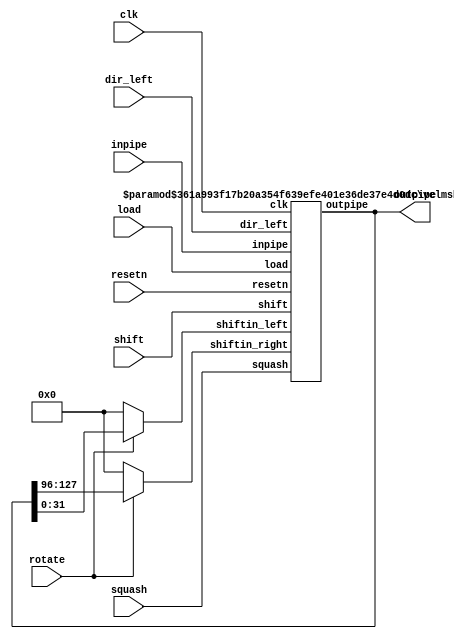
/************************
 * An Inter-lane shift register
 *
 * This is much more scalable than a giant barrel shifter/crossbar, however
 * it is also slower in cycles.
 *
 *  dir_left:  1=left, 0=right
 *
 * Synthesis results for NUMLANES=4, WIDTH=32:
 *    131 LEs (Stratix I), 422 MHz
 *************************/

/***************************************************************************
  shiftin_left -> bn-1 <-> bn-2 <-> ... <-> b1 <-> b0 <- shiftin_right
***************************************************************************/

module velmrotator (
    clk,
    resetn,

    load,
    shift,
    dir_left,     // Sets the direction, 1=left, 0=right
    rotate,       // Sets whether ends feedback into beginning
    squash,

    inpipe,
    outpipe

    );

parameter NUMLANES=4;      
parameter WIDTH=32;       // Width of the shifter

input clk;
input resetn;

input  load;
input  shift;
input  dir_left;
input  rotate;
input [ NUMLANES-1:0 ]  squash;

input [ NUMLANES*WIDTH-1:0 ]  inpipe;
output [ NUMLANES*WIDTH-1:0 ] outpipe;

wire [ WIDTH-1:0 ]  shiftin_left;
wire [ WIDTH-1:0 ]  shiftin_right;


  assign shiftin_right = (!rotate) ? 0 : 
                        outpipe[NUMLANES*WIDTH-1:(NUMLANES-1)*WIDTH];

  assign shiftin_left = (!rotate) ? 0 : outpipe[WIDTH-1:0];

  velmshifter #(NUMLANES,WIDTH) velmshift (
      .clk(clk),
      .resetn(resetn),      
      .load(load),
      .shift(shift),
      .dir_left(dir_left),
      .squash(squash),
      .shiftin_left(shiftin_left),
      .shiftin_right(shiftin_right),
      .inpipe(inpipe),
      .outpipe(outpipe));


endmodule


/******************************************************************************/
/**************************** Shifter w Jump **********************************/
/******************************************************************************/

module velmshifter_jump (
    clk,
    resetn,

    load,
    shift,
    dir_left,     // Sets the direction, 1=left, 0=right
    jump,
    squash,

    shiftin_left,
    shiftin_right,

    inpipe,
    outpipe
    );

parameter NUMLANES=4;      
parameter JUMPSIZE=4;     // We can either shift by 1, or jump by this amount 
parameter WIDTH=32;       // Width of the shifter

input clk;
input resetn;

input  load;
input  shift;
input  dir_left;
input  jump;              //0-shift by 1, 1 shift by JUMPSIZE
input [ NUMLANES-1:0 ]  squash;

input [ NUMLANES*WIDTH-1:0 ]  inpipe;
output [ NUMLANES*WIDTH-1:0 ] outpipe;

input [ WIDTH-1:0 ]  shiftin_left;
input [ WIDTH-1:0 ]  shiftin_right;

genvar i;

/***************************************************************************
  shiftin_left -> bn <-> bn-1 <-> ... <-> b1 <-> b0 <- shiftin_right
***************************************************************************/

  velmshifter #(NUMLANES,WIDTH) velmshift (
      .clk(clk),
      .resetn(resetn),      
      .load(load || (shift&jump)),
      .shift(shift&~jump),
      .dir_left(dir_left),
      .squash(squash),
      .shiftin_left(shiftin_left),
      .shiftin_right(shiftin_right),
      .inpipe( (load) ? inpipe : (dir_left) ? 
                      outpipe <<(WIDTH*JUMPSIZE) :
                      outpipe >>(WIDTH*JUMPSIZE)),
      .outpipe(outpipe));

endmodule

/******************************************************************************/
/******************************** Shifter *************************************/
/******************************************************************************/

module velmshifter (
    clk,
    resetn,

    load,
    shift,
    dir_left,     // Sets the direction, 1=left, 0=right
    squash,

    shiftin_left,
    shiftin_right,

    inpipe,
    outpipe

    );

parameter NUMLANES=4;      
parameter WIDTH=32;       // Width of the shifter

input clk;
input resetn;

input  load;
input  shift;
input  dir_left;
input [ NUMLANES-1:0 ]  squash;

input [ NUMLANES*WIDTH-1:0 ]  inpipe;
output [ NUMLANES*WIDTH-1:0 ] outpipe;

input [ WIDTH-1:0 ]  shiftin_left;
input [ WIDTH-1:0 ]  shiftin_right;

wire [ (NUMLANES+1)*WIDTH-1:0 ] _outpipe;

genvar i;
genvar j;

/***************************************************************************
  shiftin_left -> bn <-> bn-1 <-> ... <-> b1 <-> b0 <- shiftin_right
***************************************************************************/

  //HANDLE lane 0 specially

  velmshifter_laneunit velmshifter_laneunit0(clk,resetn,load,shift,dir_left,
      squash[0],
      inpipe[WIDTH-1:0],
      _outpipe[((NUMLANES>1) ? WIDTH : 0)+:WIDTH], //Support 1 lane
      shiftin_right,
      _outpipe[WIDTH-1:0]);
  defparam velmshifter_laneunit0.WIDTH=WIDTH;

  //Generate everything in between 

  generate
    for (i=1; i<NUMLANES-1; i=i+1)
    begin : elmshift
      velmshifter_laneunit velmshifter_laneunit(clk,resetn,load,shift,dir_left,
          squash[i],
          inpipe[(i+1)*WIDTH-1:i*WIDTH],
          _outpipe[(i+2)*WIDTH-1:(i+1)*WIDTH],
          _outpipe[(i)*WIDTH-1:(i-1)*WIDTH],
          _outpipe[(i+1)*WIDTH-1:i*WIDTH]);
      defparam velmshifter_laneunit.WIDTH=WIDTH;
    end
  endgenerate

  //HANDLE lane NUMLANE specially

    velmshifter_laneunit velmshifter_laneunitlast(
      clk,resetn,load,shift,dir_left,
      squash[NUMLANES-1],
      inpipe[NUMLANES*WIDTH-1:(NUMLANES-1)*WIDTH],
      shiftin_left,
      _outpipe[(((NUMLANES>1) ? NUMLANES:2)-2)*WIDTH +: WIDTH], //L=1
      _outpipe[((NUMLANES>1) ? (NUMLANES-1)*WIDTH : WIDTH) +: WIDTH]); //L=1
    defparam velmshifter_laneunitlast.WIDTH=WIDTH;

    //Support L=1 - give _outpipe more bits but ignore them
assign outpipe=_outpipe;

endmodule



module velmshifter_laneunit (
    clk,
    resetn,

    load,
    shift,
    dir_left,
    squash,

    inpipe,
    inxlaneleft,    // Cross-lane input from lane i+1
    inxlaneright,    // Cross-lane input from lane i-1
    outpipe

    );

parameter WIDTH=32;       // Width of the shifter

input clk;
input resetn;

input  load;
input  shift;
input  dir_left;
input  squash;

input [ WIDTH-1:0 ]  inpipe;
input [ WIDTH-1:0 ]  inxlaneleft;    // X-lane input lane i-1
input [ WIDTH-1:0 ]  inxlaneright;    // X-lane input lane i-1
output [ WIDTH-1:0 ] outpipe;

reg [ WIDTH-1:0 ] outpipe;   // Cross-lane output lane i+1


  always@(posedge clk)
    if (resetn==0 || squash)
      outpipe<=0;
    else if (load)
      outpipe<=inpipe;
    else if (shift)
      outpipe<=(dir_left) ? inxlaneright : inxlaneleft;

endmodule